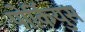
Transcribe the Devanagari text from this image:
पोर्कियुस